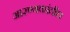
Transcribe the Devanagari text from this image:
आरण्यकांतील